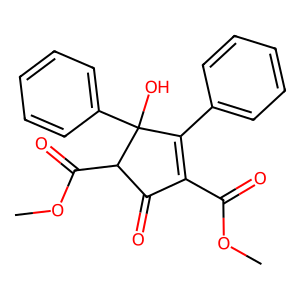
SMILES: COC(=O)C1=C(c2ccccc2)C(O)(c2ccccc2)C(C(=O)OC)C1=O
Inhibits HIV replication: No